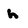
Character: h